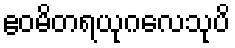
ဧဝမိတရယုဂလေသုပိ